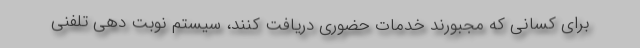
برای کسانی که مجبورند خدمات حضوری دریافت کنند، سیستم نوبت دهی تلفنی